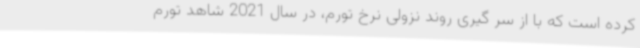
کرده است که با از سر گیری روند نزولی نرخ تورم، در سال 2021 شاهد تورم